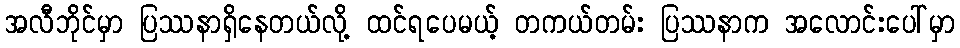
အလီဘိုင်မှာ ပြဿနာရှိနေတယ်လို့ ထင်ရပေမယ့် တကယ်တမ်း ပြဿနာက အလောင်းပေါ်မှာ